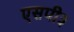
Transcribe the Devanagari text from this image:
एसपी३